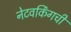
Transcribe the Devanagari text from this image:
नेटवर्किंगची